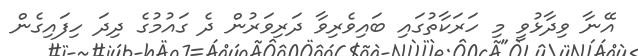
އޭނާ ވިދާޅުވީ މި ހަރަކާތުގައި ބައިވެރިވާ ދަރިވަރުން ދެ ގައުމުގެ ދިދަ ހިފައިގެން